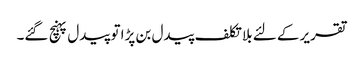
تقریر کے لئے بلا تکلف پیدل بن پڑا تو پیدل پہنچ گئے۔